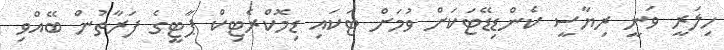
ހިލަރީ ވަނީ ރިޔާސީ ކެންޑިޑޭޓަކަށް ވުމަށް ޓަކައި ޑިމޮކްރެޓިކް ޕާޓީގެ ފަރާތުން ބޭއްވި